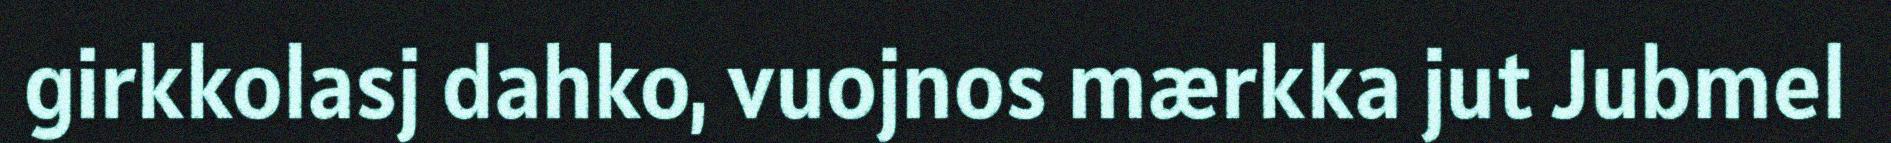
girkkolasj dahko, vuojnos mærkka jut Jubmel